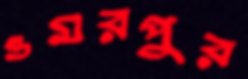
ওমরপুর